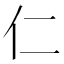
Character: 仁